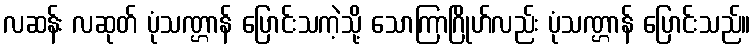
လဆန်း လဆုတ် ပုံသဏ္ဌာန် ပြောင်းသကဲ့သို့ သောကြာဂြိုဟ်လည်း ပုံသဏ္ဌာန် ပြောင်းသည်။